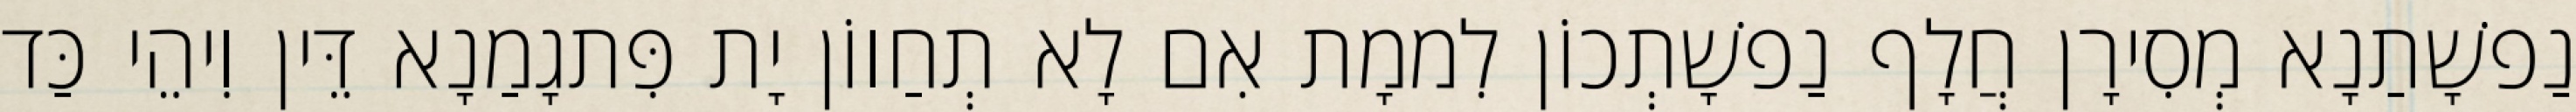
נַפשָׁתַנָא מְסִירָן חֲלָף נַפשָׁתְכוֹן לִממָת אִם לָא תְחַווֹן יָת פִּתגָמַנָא דֵּין וִיהֵי כַּד